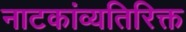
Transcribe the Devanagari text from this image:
नाटकांव्यतिरिक्त